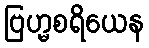
ဗြဟ္မစရိယေန